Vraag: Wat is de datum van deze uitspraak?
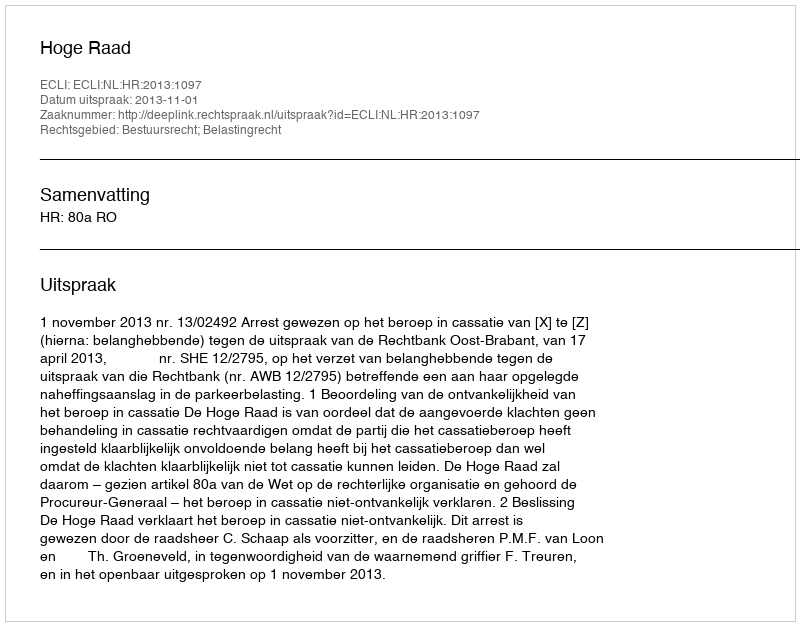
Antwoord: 2013-11-01